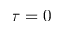
\tau = 0